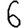
Digit: 6